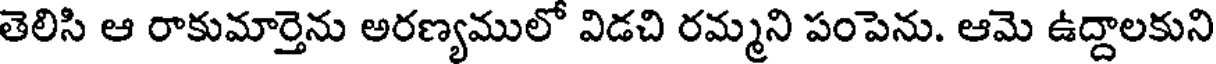
తెలిసి ఆ రాకుమార్తెను అరణ్యములో విడచి రమ్మని పంపెను. ఆమె ఉద్దాలకుని